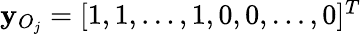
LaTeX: \begin{array}{r}{\mathbf{y}_{O_{j}}=[1,1,\dots,1,0,0,\dots,0]^{T}}\end{array}